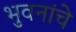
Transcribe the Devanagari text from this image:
भुवनांचे